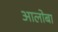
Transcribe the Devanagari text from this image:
आलोबा